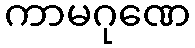
ကာမဂုဏေ